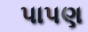
પાપણ